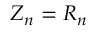
Z _ { n } = R _ { n }